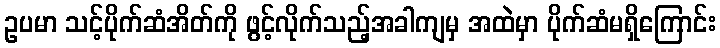
ဥပမာ သင့်ပိုက်ဆံအိတ်ကို ဖွင့်လိုက်သည့်အခါကျမှ အထဲမှာ ပိုက်ဆံမရှိကြောင်း